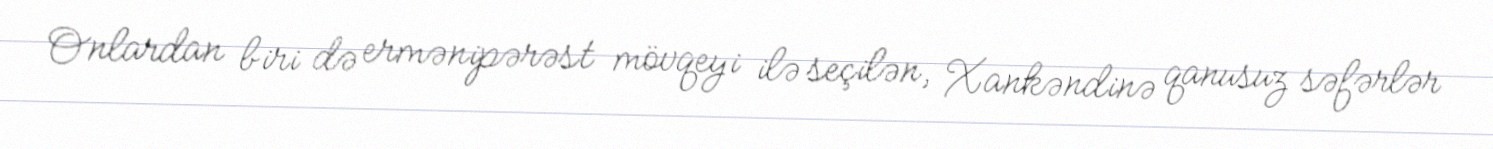
Onlardan biri də ermənipərəst mövqeyi ilə seçilən, Xankəndinə qanusuz səfərlər